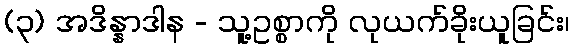
(၃) အဒိန္နာဒါန - သူ့ဥစ္စာကို လုယက်ခိုးယူခြင်း၊